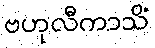
ဗဟုလီကာသိံ